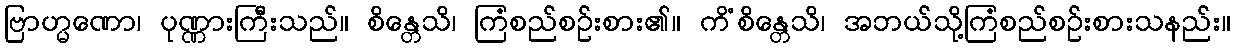
ဗြာဟ္မဏော၊ ပုဏ္ဏားကြီးသည်။ စိန္တေသိ၊ ကြံစည်စဉ်းစား၏။ ကိံစိန္တေသိ၊ အဘယ်သို့ကြံစည်စဉ်းစားသနည်း။